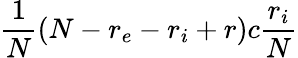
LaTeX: \frac{1}{N}(N-r_{e}-r_{i}+r)c\frac{r_{i}}{N}